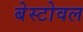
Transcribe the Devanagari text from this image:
बेस्टोवल